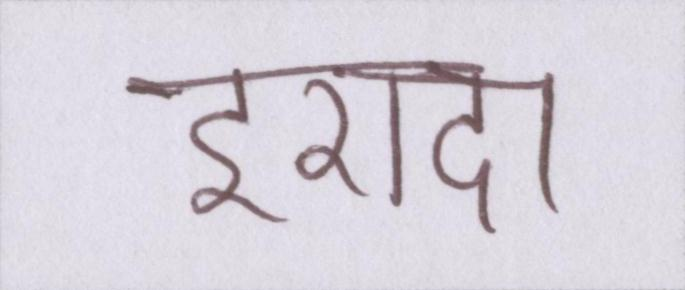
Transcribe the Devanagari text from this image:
इरादा